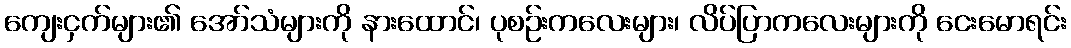
ကျေးငှက်များ၏ အော်သံများကို နားထောင်၊ ပုစဉ်းကလေးများ၊ လိပ်ပြာကလေးများကို ငေးမောရင်း